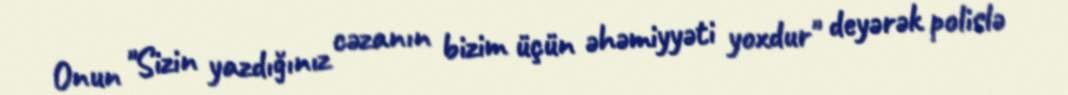
Onun "Sizin yazdığınız cəzanın bizim üçün əhəmiyyəti yoxdur" deyərək polislə